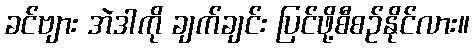
ခင်ဗျား အဲဒါကို ချက်ချင်း ပြင်ဖို့စီစဉ်နိုင်လား။